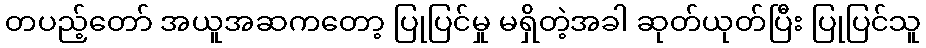
တပည့်တော် အယူအဆကတော့ ပြုပြင်မှု မရှိတဲ့အခါ ဆုတ်ယုတ်ပြီး ပြုပြင်သူ